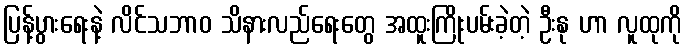
ပြန့်ပွားရေးနဲ့ လိင်သဘာဝ သိနားလည်ရေးတွေ အထူးကြိုးပမ်းခဲ့တဲ့ ဦးနု ဟာ လူထုကို